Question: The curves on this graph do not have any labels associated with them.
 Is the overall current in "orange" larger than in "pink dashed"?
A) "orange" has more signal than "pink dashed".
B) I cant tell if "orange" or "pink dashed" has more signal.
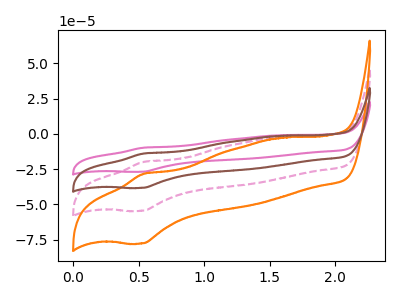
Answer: <think>The pink curve "pink" has an anodic peak at (0.55V, -59.70uA) and a cathodic peak at (0.50V, -163.50uA). The pink dashed curve "pink dashed" has an anodic peak at (0.55V, -19.90uA) and a cathodic peak at (0.50V, -54.50uA). The orange curve "orange" has an anodic peak at (0.55V, -28.35uA) and a cathodic peak at (0.50V, -77.65uA). The brown curve "brown" has an anodic peak at (0.55V, -39.80uA) and a cathodic peak at (0.50V, -109.00uA).
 All the peaks in "orange" have a peak in "pink dashed" at the same potential.</think>
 <answer>B) I cant tell if "orange" or "pink dashed" has more signal.</answer>
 <eval>B</eval>